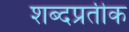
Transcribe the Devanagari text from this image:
शब्दप्रतीक